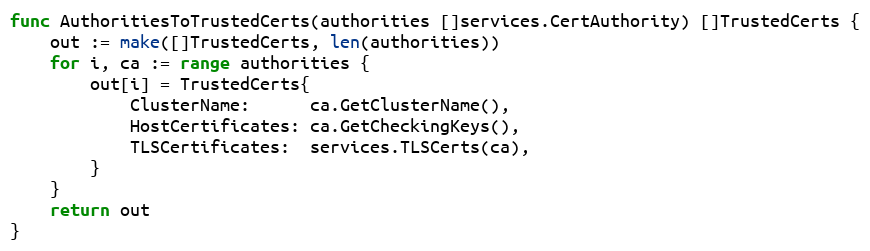
Language: Go
func AuthoritiesToTrustedCerts(authorities []services.CertAuthority) []TrustedCerts {
	out := make([]TrustedCerts, len(authorities))
	for i, ca := range authorities {
		out[i] = TrustedCerts{
			ClusterName:      ca.GetClusterName(),
			HostCertificates: ca.GetCheckingKeys(),
			TLSCertificates:  services.TLSCerts(ca),
		}
	}
	return out
}